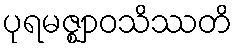
ပုရမဇ္ဈာဝသိဿတိ